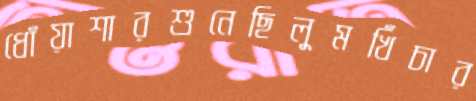
ধোঁয়াশারশুনেছিলুমখিঁচার